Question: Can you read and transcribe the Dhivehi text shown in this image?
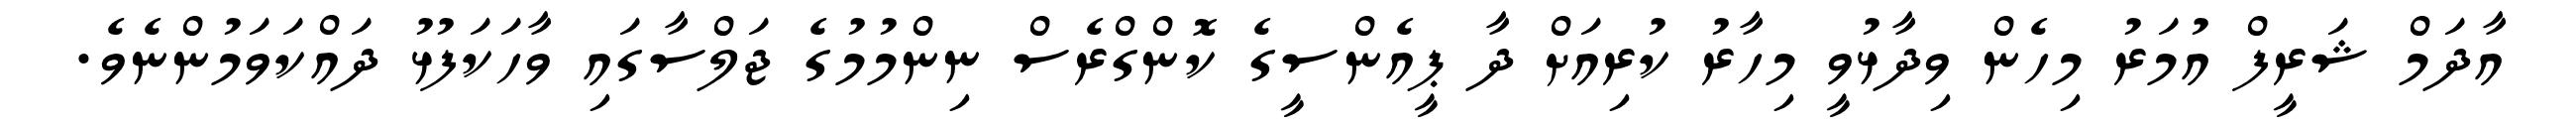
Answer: އާދަމް ޝަރީފް އުމަރު މިހެން ވިދާޅުވީ މިހާރު ކުރިއަށް ދާ ޕީއެންސީގެ ކޮންގްރެސް ނިންމުމުގެ ޖަލްސާގައި ވާހަކަފުޅު ދައްކަވަމުންނެވެ.